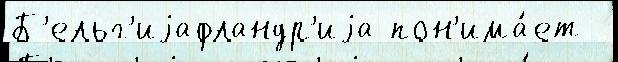
Б'ельг'иjафландр'иjа пон'има́ет